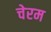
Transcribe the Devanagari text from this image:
चेरम